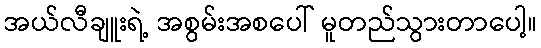
အယ်လီချူးရဲ့ အစွမ်းအစပေါ် မူတည်သွားတာပေါ့။